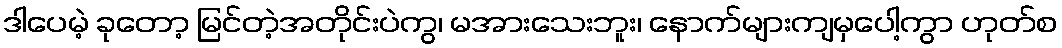
ဒါပေမဲ့ ခုတော့ မြင်တဲ့အတိုင်းပဲကွ၊ မအားသေးဘူး၊ နောက်များကျမှပေါ့ကွာ ဟုတ်စ